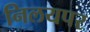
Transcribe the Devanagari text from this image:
निलयपर